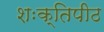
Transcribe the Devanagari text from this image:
शःक्तिपीठ